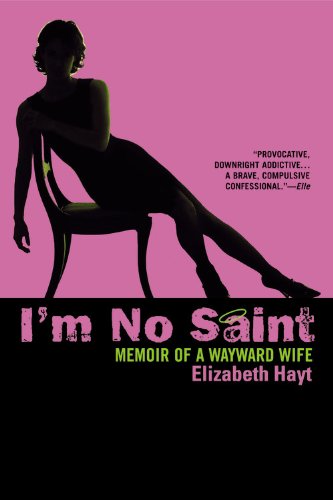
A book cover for I'm No Saint: Memoir of a Wayward Wife; Elizabeth Hayt; Parenting & Relationships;